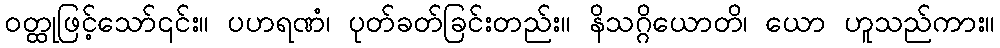
ဝတ္ထုဖြင့်သော်၎င်း။ ပဟရဏံ၊ ပုတ်ခတ်ခြင်းတည်း။ နိသဂ္ဂိယောတိ၊ ယော ဟူသည်ကား။